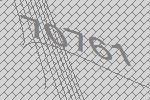
70761